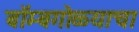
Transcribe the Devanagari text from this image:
बॉम्बगोळ्याचा